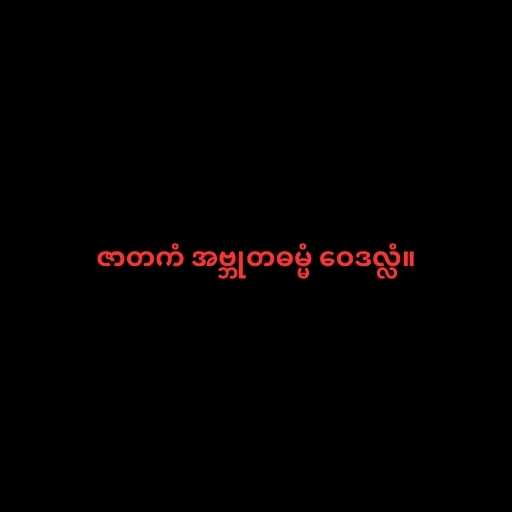
ဇာတကံ အဗ္ဘုတဓမ္မံ ဝေဒလ္လံ။